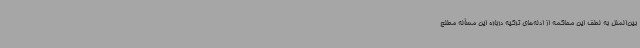
بین‌الملل به لطف این محاکمه از ادله‌های ترکیه درباره این مسأله مطلع